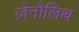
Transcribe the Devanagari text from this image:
ज़ेनोलिथ